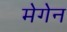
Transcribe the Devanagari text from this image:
मेगेन